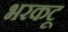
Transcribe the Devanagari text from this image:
भरकटू